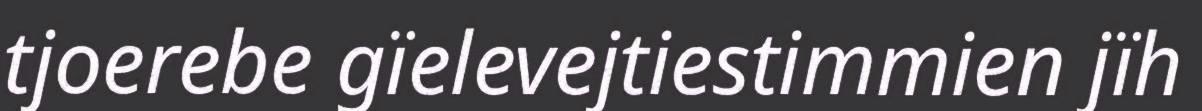
tjoerebe gïelevejtiestimmien jïh